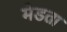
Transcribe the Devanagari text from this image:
मेडता